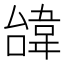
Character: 𩎞